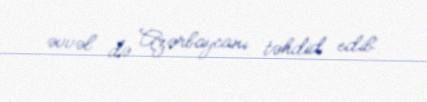
əvvəl də Azərbaycanı təhdid edib.